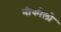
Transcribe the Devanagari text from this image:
नीकोलो